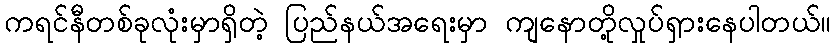
ကရင်နီတစ်ခုလုံးမှာရှိတဲ့ ပြည်နယ်အရေးမှာ ကျနောတို့လှုပ်ရှားနေပါတယ်။